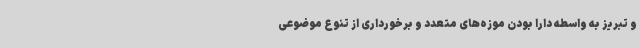
و تبریز به واسطه دارا بودن موزه‌های متعدد و برخورداری از تنوع موضوعی